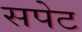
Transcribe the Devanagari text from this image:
सपेट